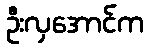
ဦးလှအောင်က